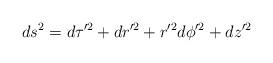
LaTeX: \begin{align*}ds^2=d\tau'^2 +dr'^2 +r'^2d\phi'^2 + dz'^2\end{align*}